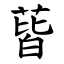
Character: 蒈